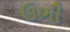
ઉભી